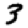
Digit: 3